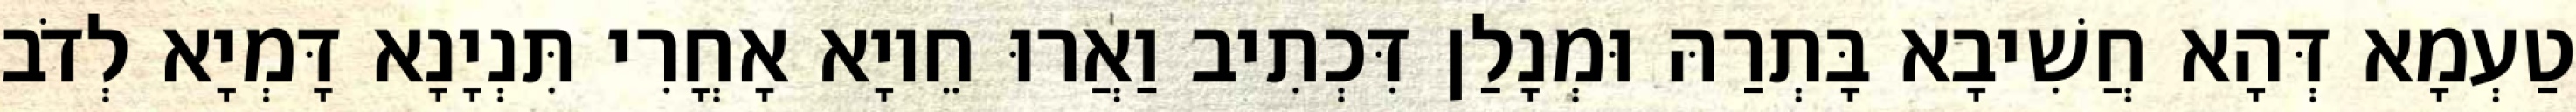
טַעְמָא דְּהָא חֲשִׁיבָא בָּתְרַהּ וּמְנָלַן דִּכְתִיב וַאֲרוּ חֵיוָא אָחֳרִי תִּנְיָנָא דָּמְיָא לְדֹב